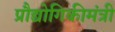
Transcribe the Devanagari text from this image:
प्रौद्योगिकीमंत्री